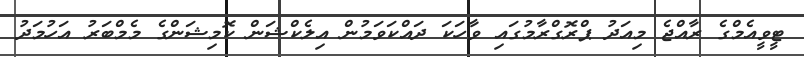
ޓީވީއެމްގެ ރާއްޖެ މިއަދު ޕްރޮގްރާމުގައި ވާހަކަ ދައްކަވަމުން އިލެކްޝަން ކޮމިޝަންގެ މެމްބަރު އަހުމަދު